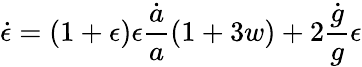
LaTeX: \dot{\epsilon}=(1+\epsilon)\epsilon{\frac{\dot{a}}{a}}{\left(1+3w\right)}+2{\frac{\dot{g}}{g}}\epsilon